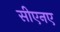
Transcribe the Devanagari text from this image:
सीएनए